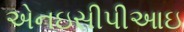
એનઇસીપીઆઇ